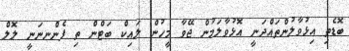
ބޮޑެތި އިޅުވާލުންތައްދަނީ އޮޅުވާލަމުން ޖޭވާ މީހުން ލައިކް ބަޓްން ތި ފެންނނަނީ ލޮލް